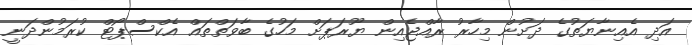
އަދި އެއިނާޔަތުގެ ދަށުން މިހާރު ރާއްޖެއިން ޔޫރަޕަށް މަހުގެ ބާވަތްތައް އެކްސްޕޯޓް ކުރަމުންދަނީ